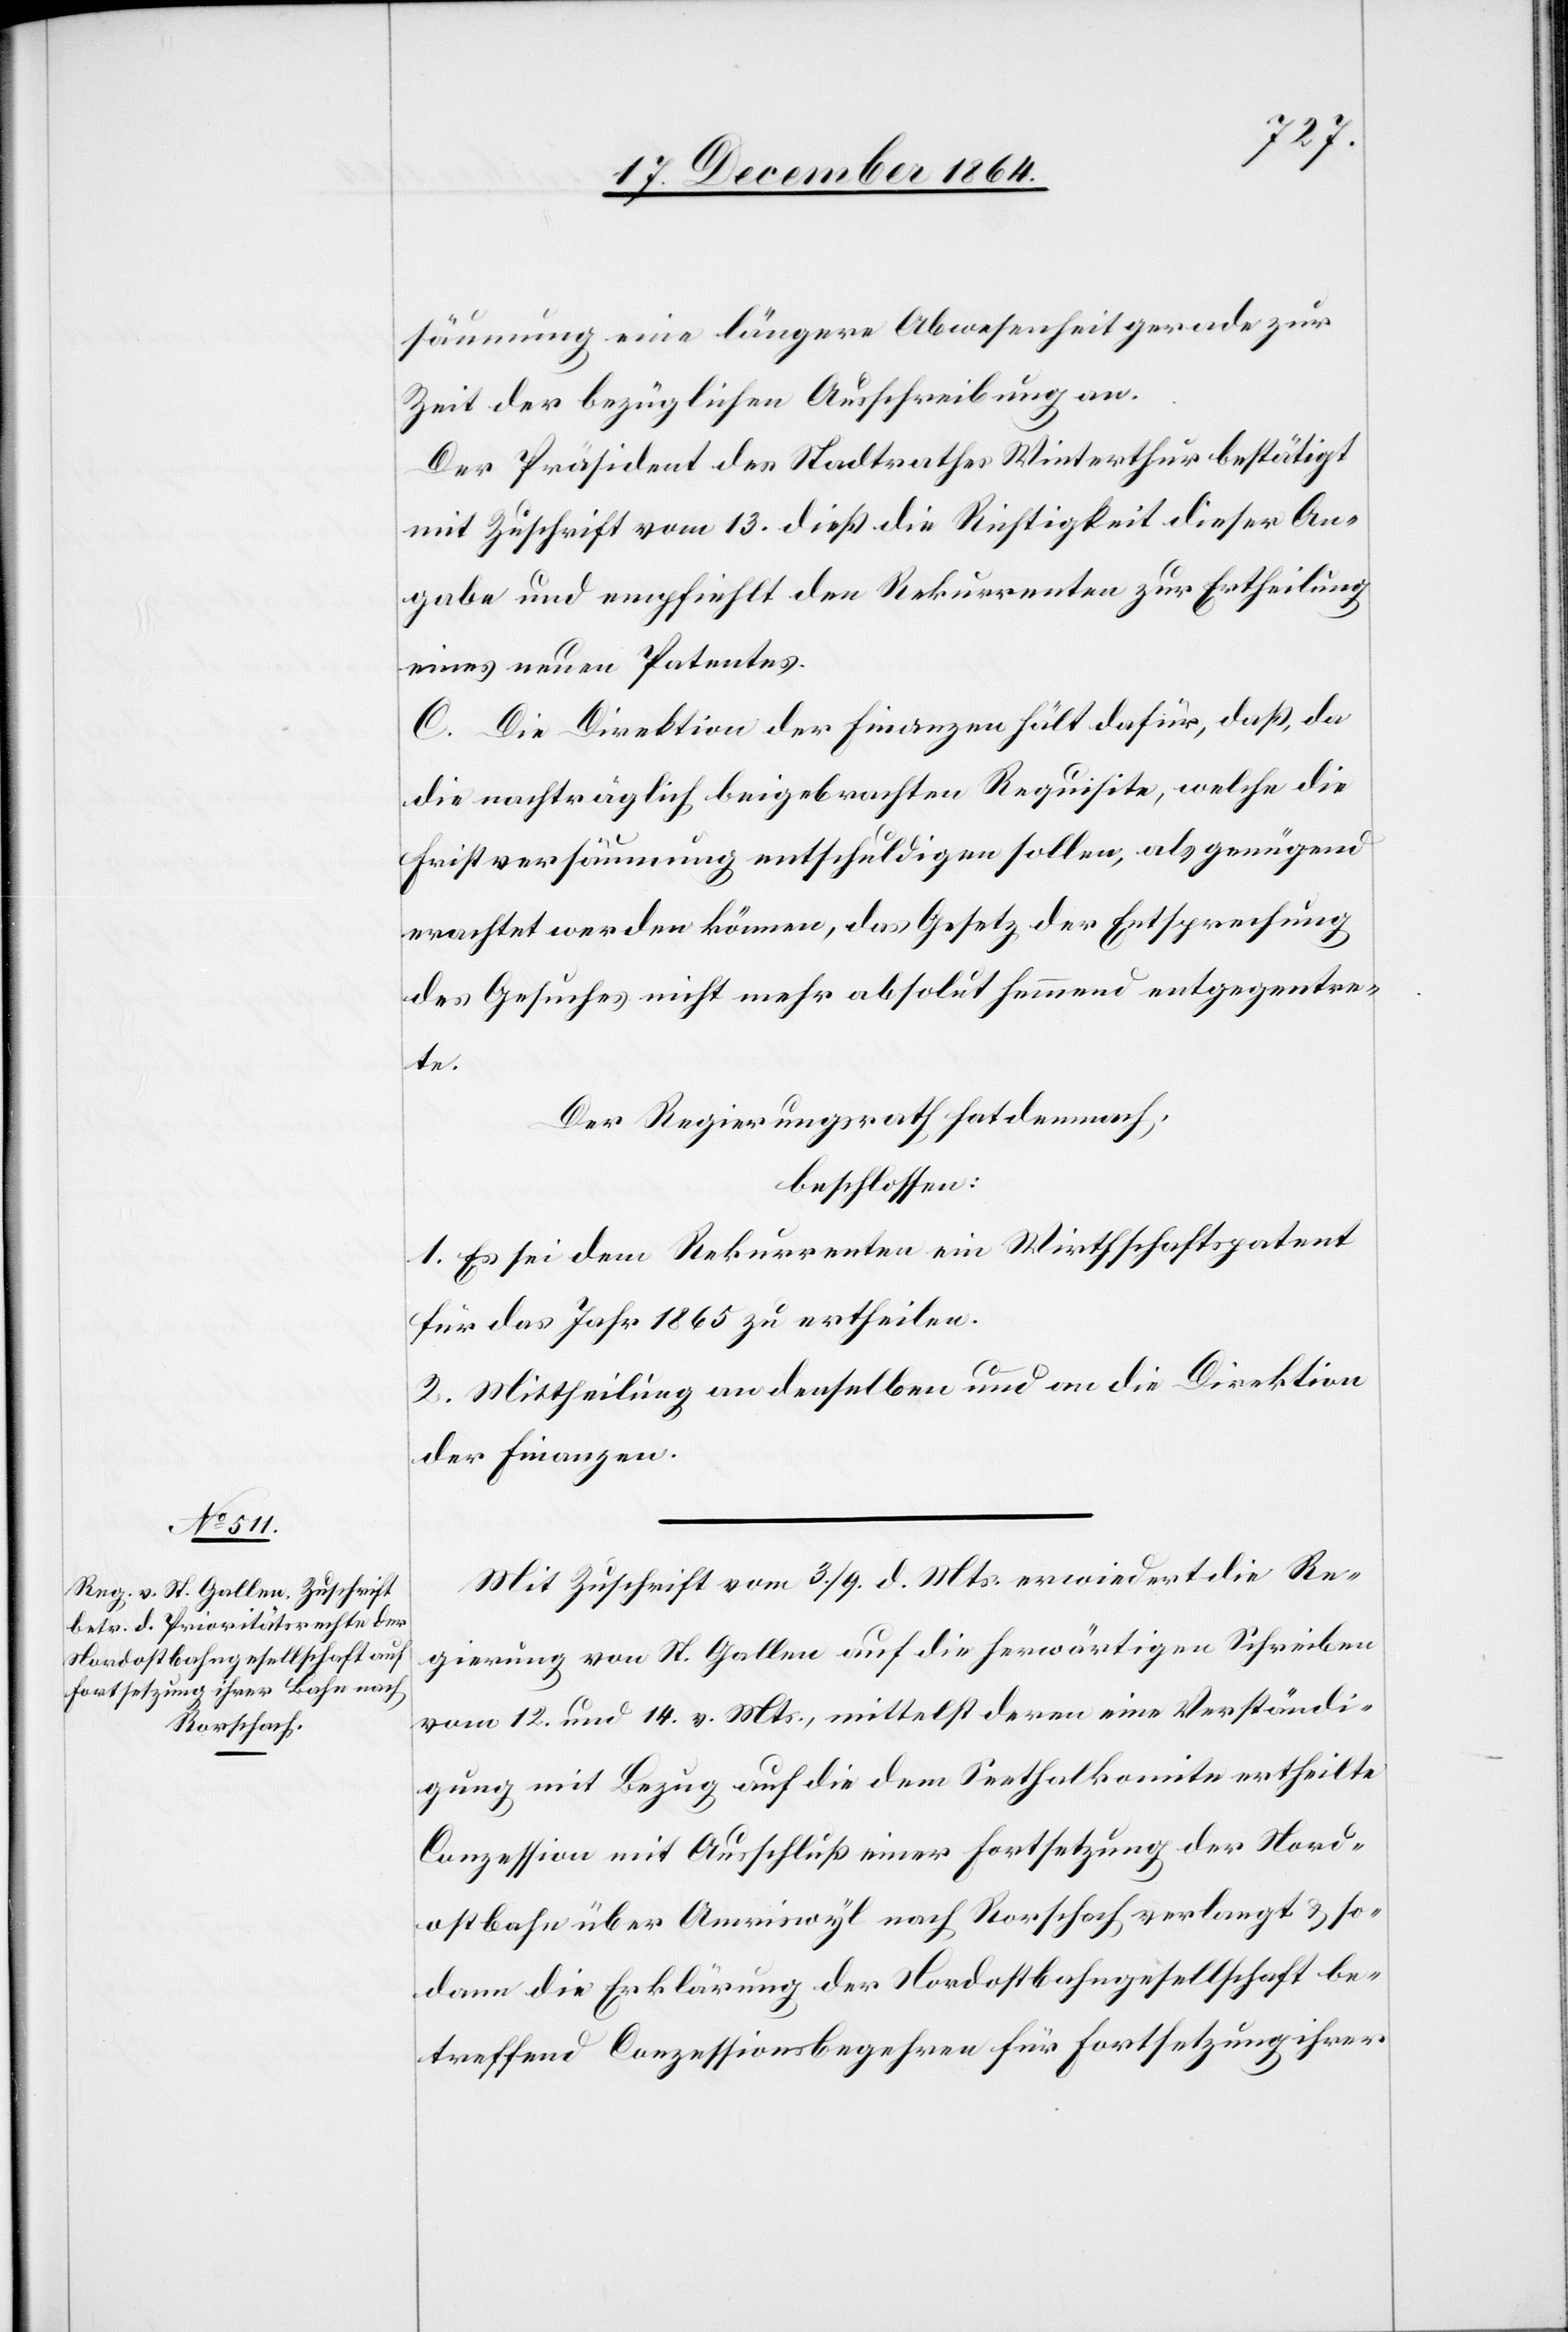
säumung eine längere Abwesenheit gerade zur
Zeit der bezüglichen Ausschreibung an.
Der Präsident des Stadtrathes Winterthur bestätigt
mit Zuschrift vom 13. dieß die Richtigkeit dieser An¬
gabe und empfiehlt den Rekurrenten zur Ertheilung
eines neuen Patentes.
C. Die Direktion der Finanzen hält dafür, daß, da
die nachträglich beigebrachten Requisite, welche die
Fristversäumnis entschuldigen sollen, als genügend
erachtet werden können, das Gesetz der Entsprechung
des Gesuches nicht mehr absolut hemmend entgegentre¬
te.
Der Regierungsrath hat demnach,
beschlossen:
1. Es sei dem Rekurrenten ein Wirthschaftspatent
für das Jahr 1865 zu ertheilen.
2. Mittheilung an denselben und an die Direktion
der Finanzen.
Mit Zuschrift vom 3./9. d. Mts. erwiedert die Re¬
gierung von St. Gallen auf die herwärtigen schreiben
vom 12. und 14. v. Mts., mittelst deren eine Verständi¬
gung mit Bezug auf die dem Seethalkomite ertheilte
Conzession mit Ausschluß einer Fortsetzung der Nord¬
ostbahn über Amriswyl nach Rorschach verlangt & so¬
dann die Erklärung der Nordostbahngesellschaft be¬
treffend Conzessionsbegehren für Fortsetzung ihrer